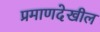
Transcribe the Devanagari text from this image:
प्रमाणदेखील